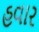
હવાર